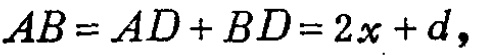
\(AB = AD + BD = 2x + d,\)